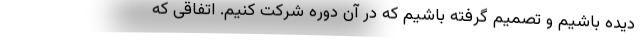
دیده باشیم و تصمیم گرفته باشیم که در آن دوره شرکت کنیم. اتفاقی که